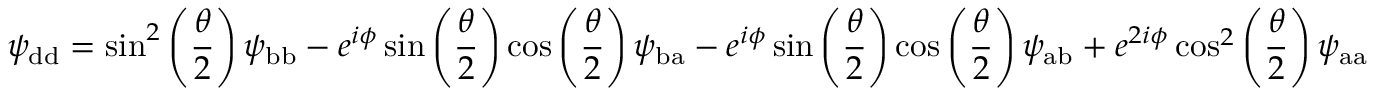
\psi _ { \mathrm { d d } } = \sin ^ { 2 } \left( \frac { \theta } { 2 } \right) \psi _ { \mathrm { b b } } - e ^ { i \phi } \sin \left( \frac { \theta } { 2 } \right) \cos \left( \frac { \theta } { 2 } \right) \psi _ { \mathrm { b a } } - e ^ { i \phi } \sin \left( \frac { \theta } { 2 } \right) \cos \left( \frac { \theta } { 2 } \right) \psi _ { \mathrm { a b } } + e ^ { 2 i \phi } \cos ^ { 2 } \left( \frac { \theta } { 2 } \right) \psi _ { \mathrm { a a } }